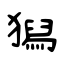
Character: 獡